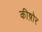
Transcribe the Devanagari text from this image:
कीष़ोर